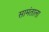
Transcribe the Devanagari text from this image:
सामंताला